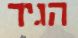
הגיר